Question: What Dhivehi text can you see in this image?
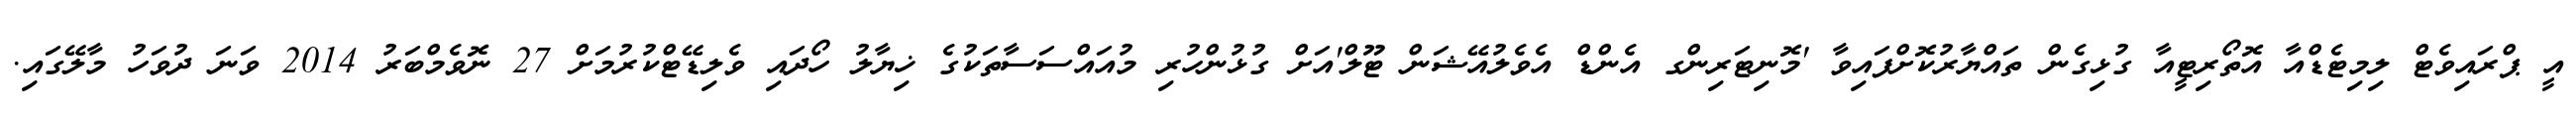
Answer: އީ ޕްރައިވެޓް ލިމިޓެޑްއާ އޮތޯރިޓީއާ ގުޅިގެން ތައްޔާރުކޮށްފައިވާ 'މޮނިޓަރިންގ އެންޑް އެވެލުއޭޝަން ޓޫލް'އަށް ގުޅުންހުރި މުއައްސަސާތަކުގެ ޚިޔާލު ހޯދައި ވެލިޑޭޓްކުރުމަށް 27 ނޮވެމްބަރު 2014 ވަނަ ދުވަހު މާލޭގައި.